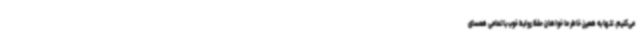
می‌کنیم. تنها به همین خاطر ما خواهان حفظ روابط خوب با تمامی همسای